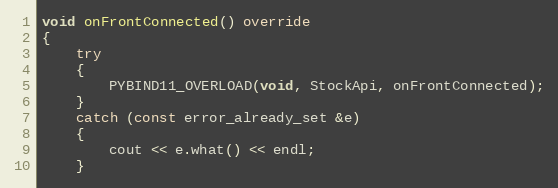
Language: C++
void onFrontConnected() override
{
	try
	{
		PYBIND11_OVERLOAD(void, StockApi, onFrontConnected);
	}
	catch (const error_already_set &e)
	{
		cout << e.what() << endl;
	}